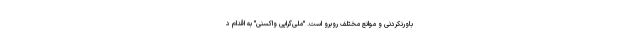
باورنکردنی و موانع مختلف روبرو است. "ملی‌گرایی واکسنی" به اقدام د